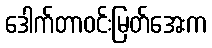
ဒေါက်တာဝင်းမြတ်အေးက